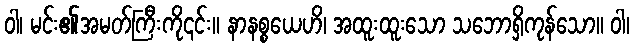
ဝါ၊ မင်း၏အမတ်ကြီးကို၎င်း။ နာနစ္စယေဟိ၊ အထူးထူးသော သဘောရှိကုန်သော။ ဝါ၊